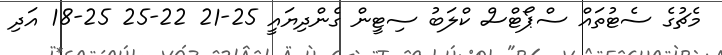
މެޗުގެ ސެޓުތައް ސްޕޯޓްސް ކްލަބު ސިޓީން ގެންދިޔައީ 25-21 22-25 25-18 އަދި